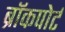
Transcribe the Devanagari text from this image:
ब्रॉकपोर्ट